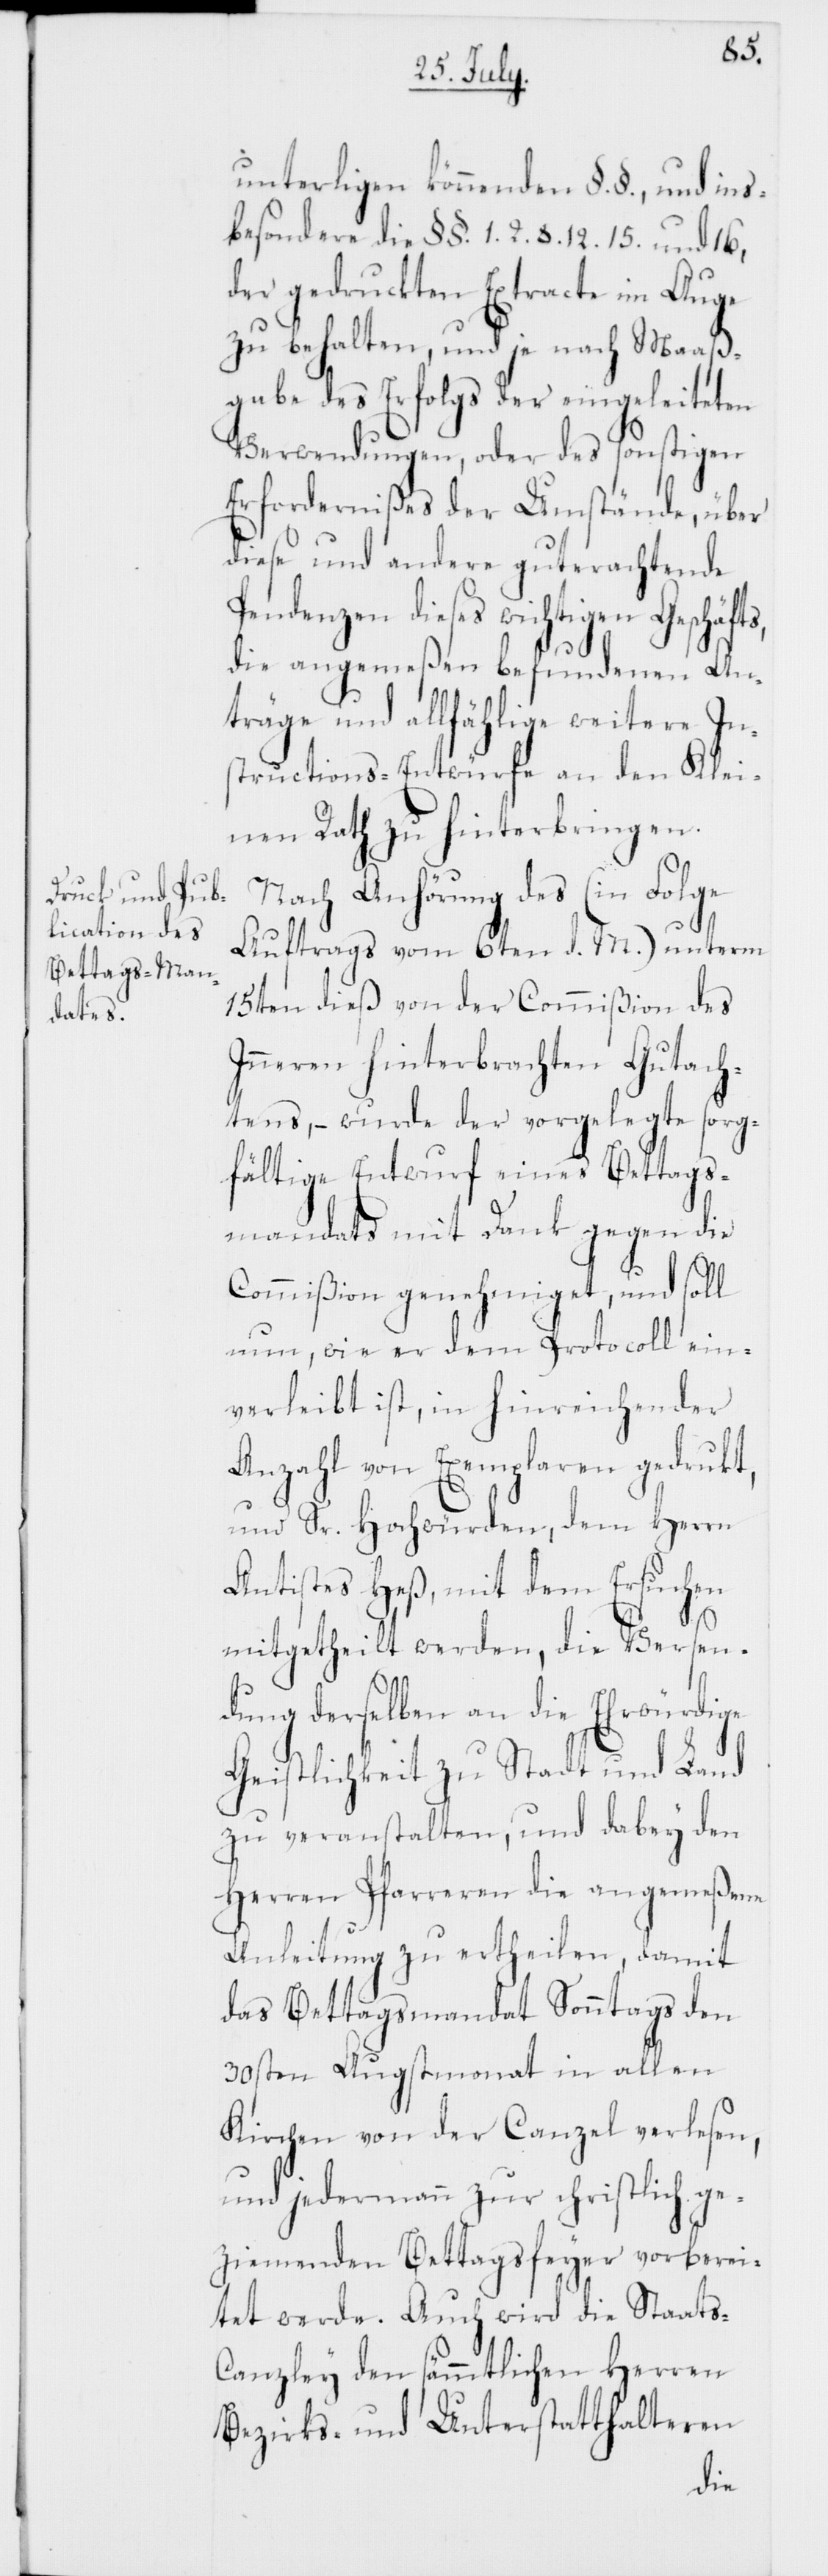
unterligen könnenden §. §., und ins¬
besondere die §§. 1. 2. 8. 12. 15. und 16,
der gedruckten Extracte im Auge
zu behalten, und je nach Maaß¬
gabe des Erfolgs der eingeleiteten
Verwendungen, oder des sonstigen
Erfordernißes der Umstände, über
diese und andere guterachtende
Pendenzen dieses wichtigen Geschäfts
die angemeßen befundenen An¬
träge und allfählige weitere In¬
structions-Entwürfe an den Klei¬
nen Rath zu hinterbringen.
Nach Anhörung des (in Folge
Auftrags vom 6ten d. M.) unterm
15ten dieß von der Commißion des
Inneren hinterbrachten Gutach¬
tens, – wurde der vorgelegte sorg¬
fältige Entwurf eines Bettags¬
mandats mit Dank gegen die
Commißion genehmiget, und soll
nun, wie er dem Protocoll ein¬
verleibt ist, in hinreichender
Anzahl von Exemplaren gedruckt,
und Sr. Hochwürden, dem Herrn
Antistes Heß, mit dem Ersuchen
mitgetheilt werden, die Versen¬
dung derselben an die Ehrwürdige
Geistlichkeit zu Stadt und Land
zu veranstalten, und dabey den
Herren Pfarreren die angemeßene
Anleitung zu ertheilen, damit
das Bettagsmandat Sonntags den
30sten Augstmonat in allen
Kirchen von der Canzel verlesen,
und jedermann zur christlich ge¬
ziemenden Bettagsfeyer vorberei¬
tet werde. Auch wird die Staats¬
canzley den sämmtlichen Herren
Bezirks- und Unterstatthalteren